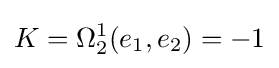
K=\Omega _{2}^{1}(e_{1},e_{2})=-1